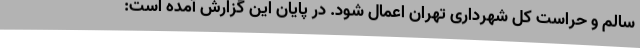
سالم و حراست کل شهرداری تهران اعمال شود. در پایان این گزارش آمده است: